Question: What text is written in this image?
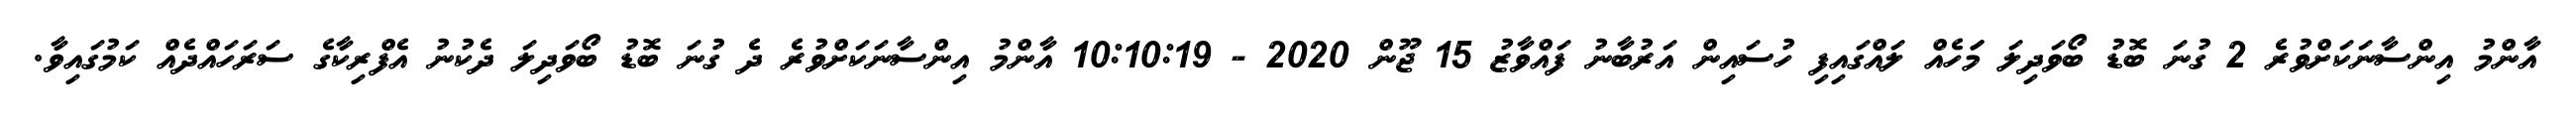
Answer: އާންމު އިންސާނަކަށްވުރެ 2 ގުނަ ބޮޑު ބޯވަދިލަ މަަހެއް ލައްގައިފި ހުސައިން އަރުބާނު ފައްވާޒު 15 ޖޫން 2020 - 10:10:19 އާންމު އިންސާނަކަށްވުރެ ދެ ގުނަ ބޮޑު ބޯވަދިލަ ދެކުނު އެފްރިކާގެ ސަރަހައްދެއް ކަމުގައިވާ.